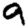
Digit: 9